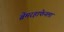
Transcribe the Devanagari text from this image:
ब्रेमरहाफेनला